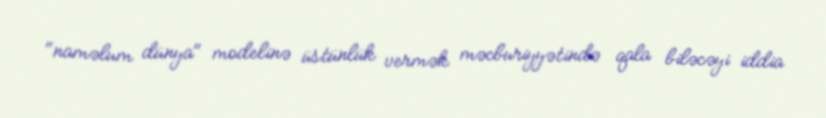
"naməlum dünya" modelinə üstünlük vermək məcburiyyətində qala biləcəyi iddia